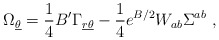
\begin{align*}\Omega_{\underline\theta} = {1\over 4} B' \Gamma_{{\underline r} \underline\theta}-{1\over 4} e^{B/2} W_{ab}\Sigma^{ab}~,\end{align*}